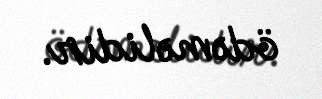
ödəməlidir.